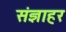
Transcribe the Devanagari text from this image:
संज्ञाहर